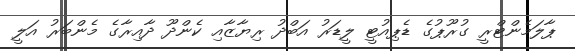
ޕާލަމެންޓްރީ ގުރޫޕުގެ ޑެޕިއުޓީ ލީޑަރު އަބްދު ރިޔާޒާއި ކެންދޫ ދާއިރާގެ މެންބަރު އަލީ